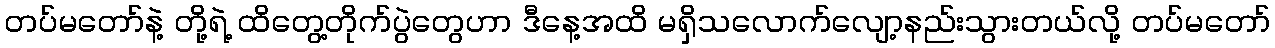
တပ်မတော်နဲ့ တို့ရဲ့ ထိတွေ့တိုက်ပွဲတွေဟာ ဒီနေ့အထိ မရှိသလောက်လျော့နည်းသွားတယ်လို့ တပ်မတော်